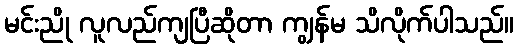
မင်းညို လူလည်ကျပြီဆိုတာ ကျွန်မ သိလိုက်ပါသည်။